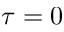
\tau = 0